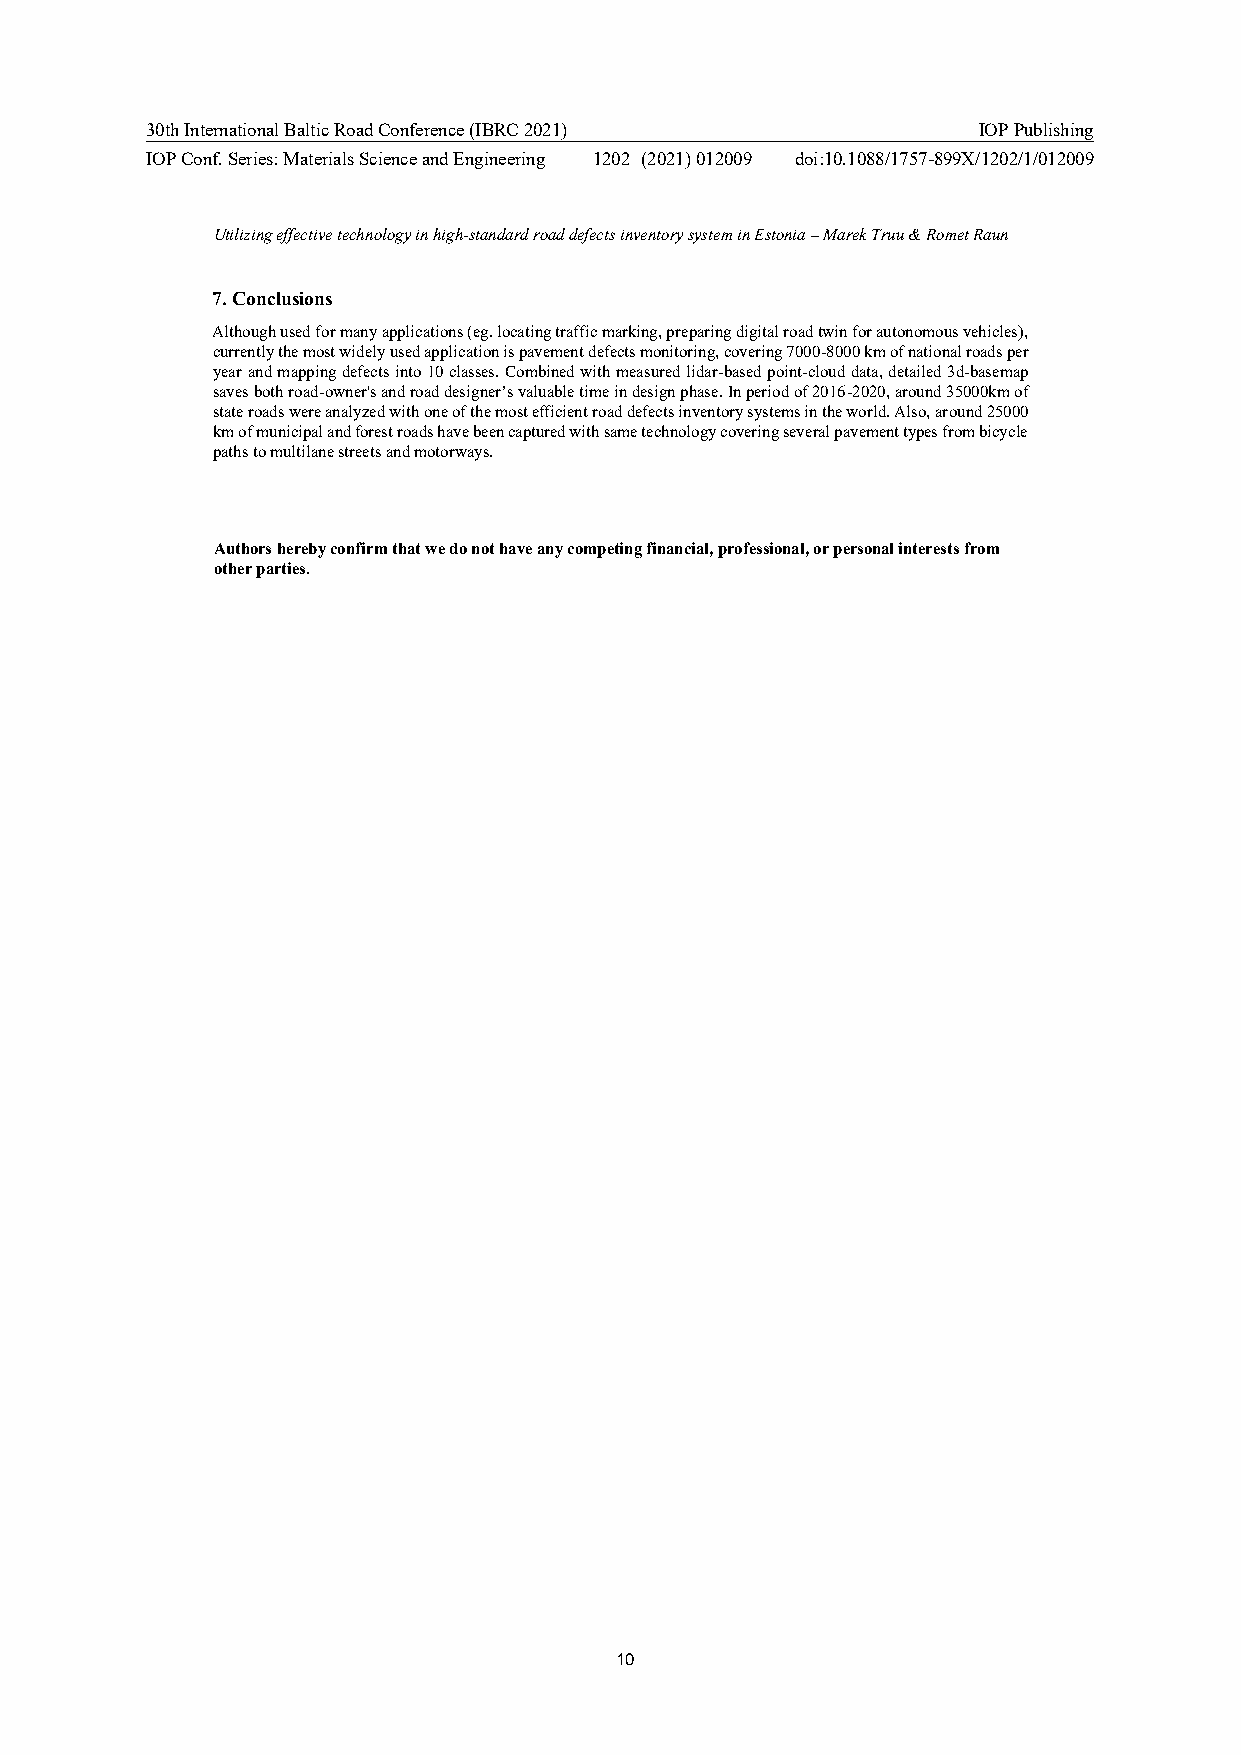
30th International Baltic Road Conference (IBRC 2021)  IOP Publishing
 IOP Conf. Series: Materials Science and Engineering 1202 (2021) 012009 doi:10.1088/1757-899X/1202/1/012009
 Utilizing effective technology in high-standard road defects inventory system in Estonia – Marek Truu & Romet Raun
 7. Conclusions
 Although used for many applications (eg. locating traffic marking, preparing digital road twin for autonomous vehicles),
 currently the most widely used application is pavement defects monitoring, covering 7000-8000 km of national roads per
 year and mapping defects into 10 classes. Combined with measured lidar-based point-cloud data, detailed 3d-basemap
 saves both road-owner's and road designer’s valuable time in design phase. In period of 2016-2020, around 35000km of
 state roads were analyzed with one of the most efficient road defects inventory systems in the world. Also, around 25000
 km of municipal and forest roads have been captured with same technology covering several pavement types from bicycle
 paths to multilane streets and motorways.
 Authors hereby confirm that we do not have any competing financial, professional, or personal interests from
 other parties.
 10